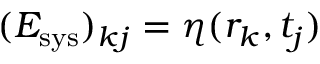
( E _ { \mathrm { s y s } } ) _ { k j } = \eta ( r _ { k } , t _ { j } )